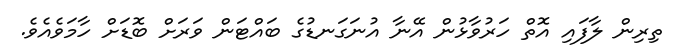
ތިރިން ލާފައި އޮތް ހަރުވާޅުން އޭނާ އުނަގަނޑުގެ ބައްޓަން ވަރަށް ބޮޑަށް ހާމަވެއެވެ.